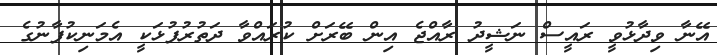
އޭނާ ވިދާޅުވީ ރައީސް ނަޝީދު ރާއްޖެ އިން ބޭރަށް ކުރައްވާ ދަތުރުފުޅަކީ އެމަނިކުފާނުގެ